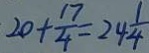
2 0 + \frac { 1 7 } { 4 } = 2 4 \frac { 1 } { 4 }